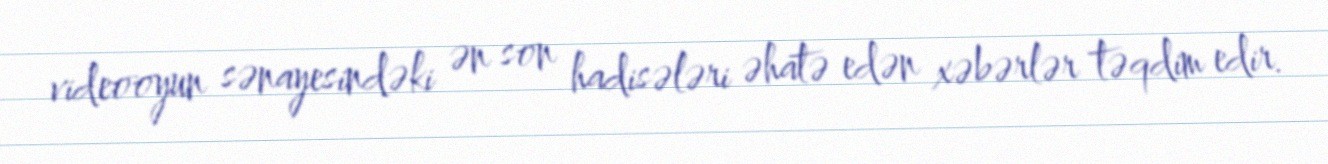
videooyun sənayesindəki ən son hadisələri əhatə edən xəbərlər təqdim edir.